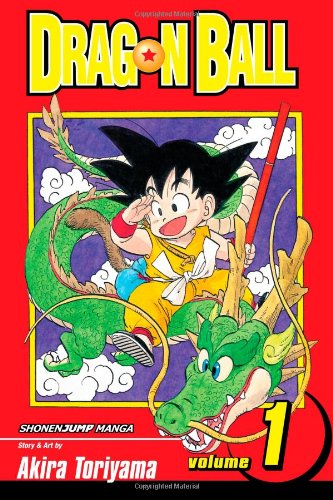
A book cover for Dragon Ball, Vol. 1; Akira Toriyama; Children's Books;